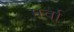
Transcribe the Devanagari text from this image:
मर्वा